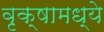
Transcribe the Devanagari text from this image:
वृक्षामध्ये